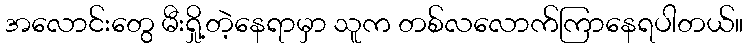
အလောင်းတွေ မီးရှို့တဲ့နေရာမှာ သူက တစ်လလောက်ကြာနေရပါတယ်။